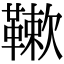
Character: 𩌱